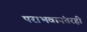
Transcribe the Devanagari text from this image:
पराभवानंतरही